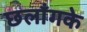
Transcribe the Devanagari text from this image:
छलाँगके